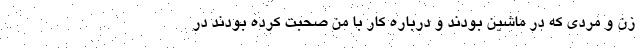
زن و مردی که در ماشین بودند و درباره کار با من صحبت کرده بودند در